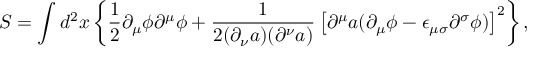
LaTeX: S = \int d ^ { 2 } x \left\{ { \frac 1 2 } { \partial } _ { \mu } { \phi } { \partial } ^ { \mu } { \phi } + \frac { 1 } { 2 ( { \partial } _ { \nu } a ) ( { \partial } ^ { \nu } a ) } \left[ { \partial } ^ { \mu } a ( { \partial } _ { \mu } { \phi } - { \epsilon } _ { { \mu } { \sigma } } { \partial } ^ { \sigma } { \phi } ) \right] ^ { 2 } \right\} ,